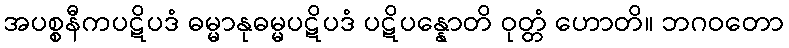
အပစ္စနီကပဋိပဒံ ဓမ္မာနုဓမ္မပဋိပဒံ ပဋိပန္နောတိ ဝုတ္တံ ဟောတိ။ ဘဂဝတော